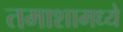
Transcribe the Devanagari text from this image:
तमाशामध्ये